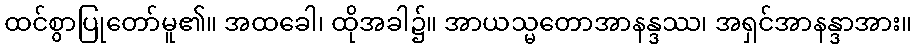
ထင်စွာပြုတော်မူ၏။ အထခေါ၊ ထိုအခါ၌။ အာယသ္မတောအာနန္ဒဿ၊ အရှင်အာနန္ဒာအား။